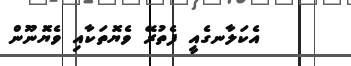
އެކަލާނގެއީ ފެތުރޭ ވެޔޮތަކާއި ވެޔޮަނޫން